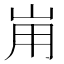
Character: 𡶤